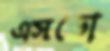
এসডো